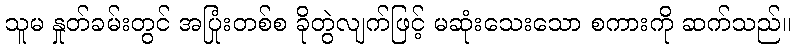
သူမ နှုတ်ခမ်းတွင် အပြုံးတစ်စ ခိုတွဲလျက်ဖြင့် မဆုံးသေးသော စကားကို ဆက်သည်။